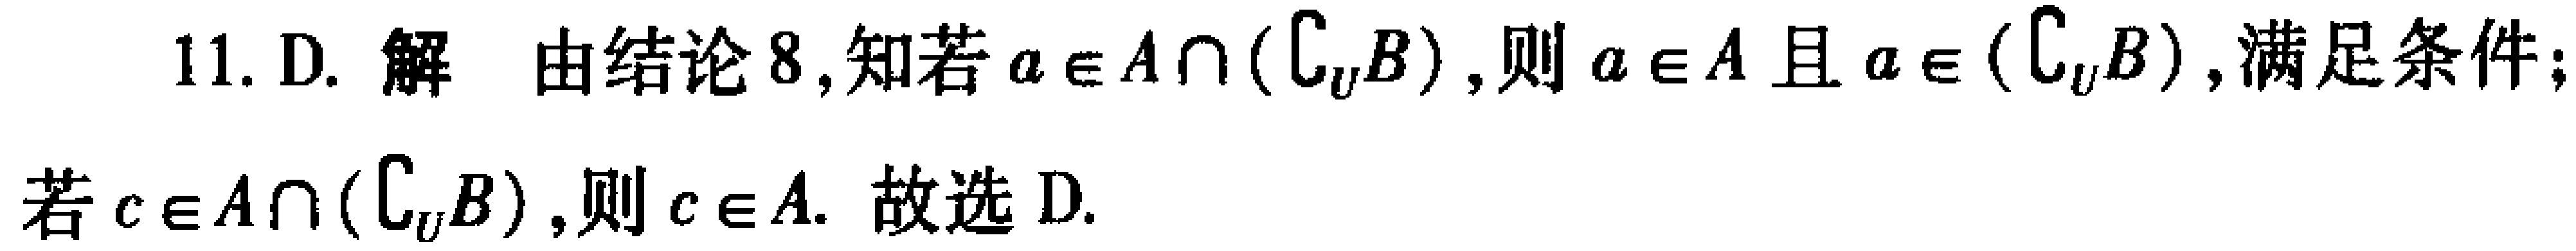
11. D. 解 由结论8,知若\(a\in A\cap (\complement_{U}B)\),则\(a\in A\)且\(a\in (\complement_{U}B)\),满足条件;若\(c\in A\cap (\complement_{U}B)\),则\(c\in A\). 故选D.